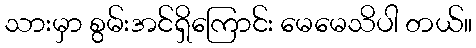
သားမှာ စွမ်းအင်ရှိကြောင်း မေမေသိပါ တယ်။